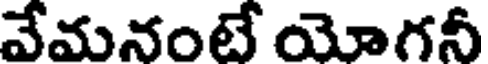
వేమనంటే యోగనీ